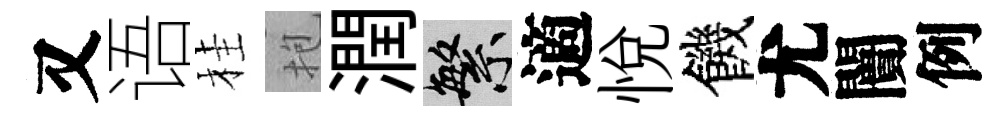
又语桂抱潤繁適悦饑尤闠例